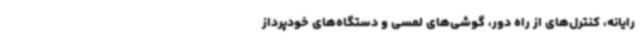
رایانه، کنترل‌های از راه‌ دور، گوشی‌های لمسی و دستگاه‌های خودپرداز